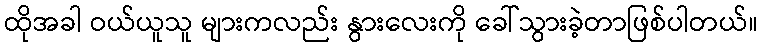
ထိုအခါ ဝယ်ယူသူ များကလည်း နွားလေးကို ခေါ်သွားခဲ့တာဖြစ်ပါတယ်။